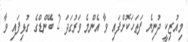
މިއުޒިކީ ދުނިޔެ ފަތަހަކޮށްފައި ވާ އެންމެ ވަރުގަދަ 2 ބޭންޑްގެ ގުޅިފައި ވާ